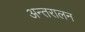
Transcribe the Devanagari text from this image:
अन्तरालन